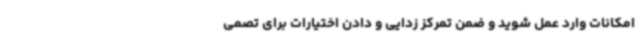
امکانات وارد عمل شوید و ضمن تمرکز زدایی و دادن اختیارات برای تصمی